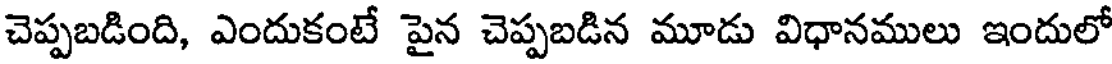
చెప్పబడింది, ఎందుకంటే పైన చెప్పబడిన మూడు విధానములు ఇందులో